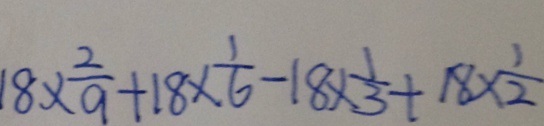
1 8 \times \frac { 2 } { 9 } + 1 8 \times \frac { 1 } { 6 } - 1 8 \times \frac { 1 } { 3 } + 1 8 \times \frac { 1 } { 2 }